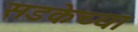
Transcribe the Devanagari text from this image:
सडकेच्या